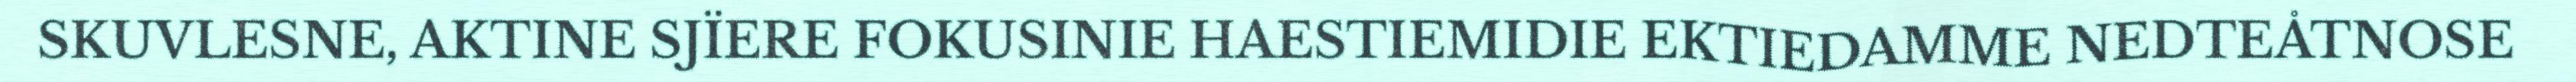
SKUVLESNE, AKTINE SJÏERE FOKUSINIE HAESTIEMIDIE EKTIEDAMME NEDTEÅTNOSE